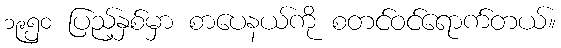
၁၉၅၀ ပြည့်နှစ်မှာ စာပေနယ်ကို စတင်ဝင်ရောက်တယ်။